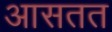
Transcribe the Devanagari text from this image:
आसतत